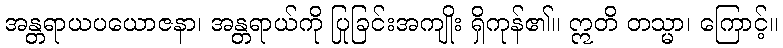
အန္တရာယပယောဇနာ၊ အန္တရာယ်ကို ပြုခြင်းအကျိုး ရှိကုန်၏။ ဣတိ တသ္မာ၊ ကြောင့်။